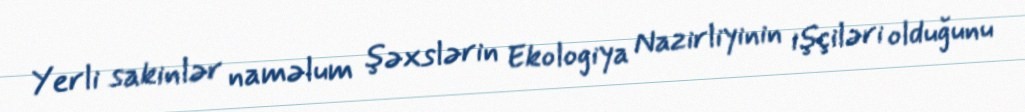
Yerli sakinlər naməlum şəxslərin Ekologiya Nazirliyinin işçiləri olduğunu